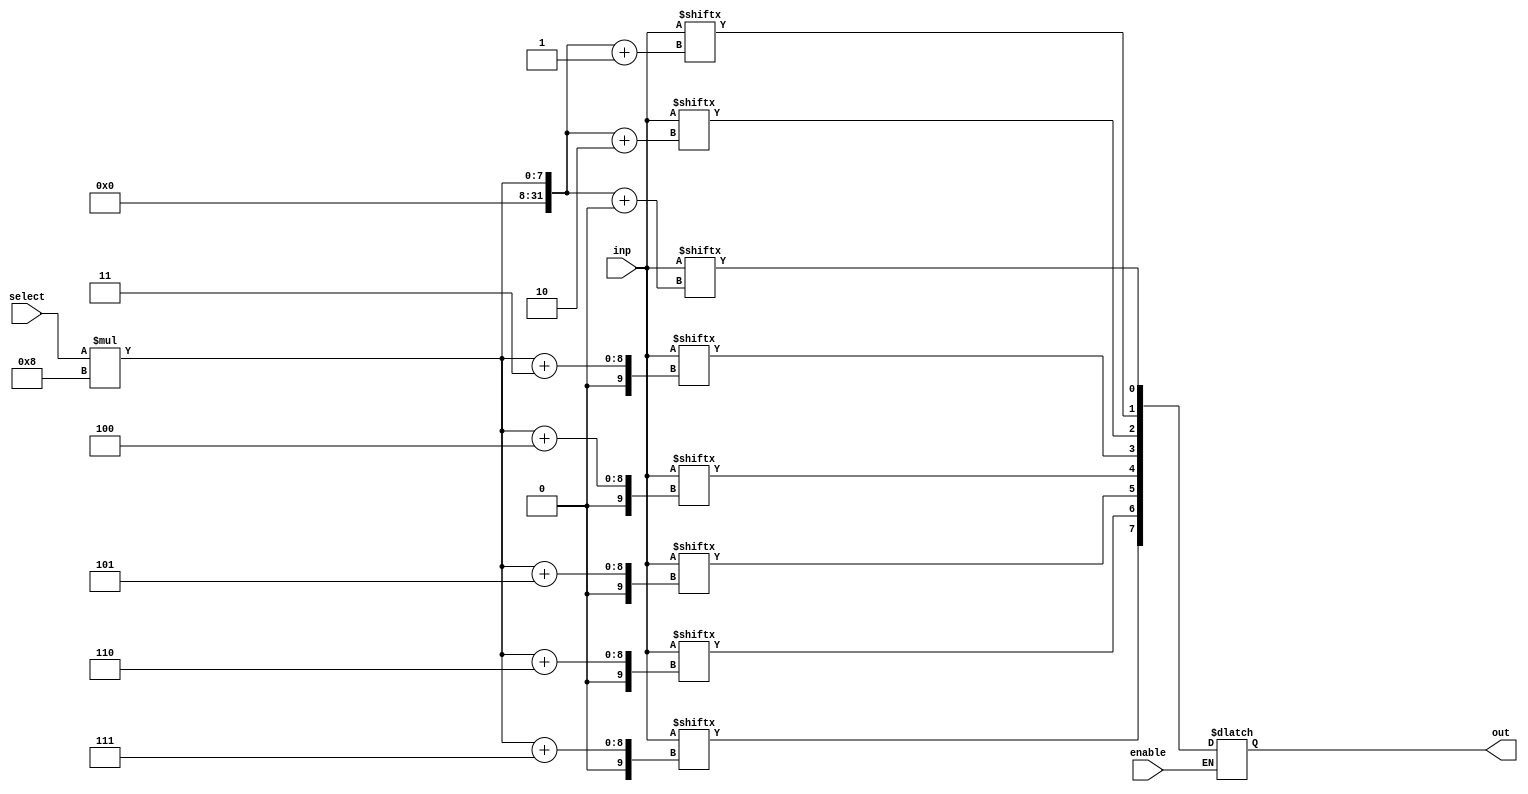
/*Multiplexer that select the byte output from the block based on the
 4-bit address passed.*/

module byteMux_16x1(output reg[7:0] out,input[127:0] inp,input[3:0] select,input enable);
	integer i;
	
	always @(inp or select or enable)
	begin
		if (enable)
		begin
			for (i=0;i<8;i=i+1)
				out[i]<=inp[select*8+i];
		end
	end


endmodule